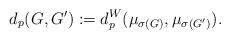
LaTeX: \begin{align*}d_p(G, G'):=d_p^W(\mu_{\sigma(G)},\mu_{\sigma(G')}).\end{align*}